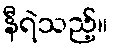
နီရဲသည့်။